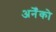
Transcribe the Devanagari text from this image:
अनेँको